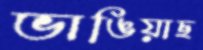
ভাঙিয়াছ